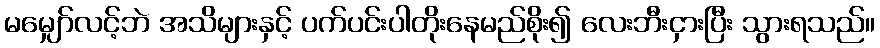
မမျှော်လင့်ဘဲ အသိများနှင့် ပက်ပင်းပါတိုးနေမည်စိုး၍ လေးဘီးငှားပြီး သွားရသည်။